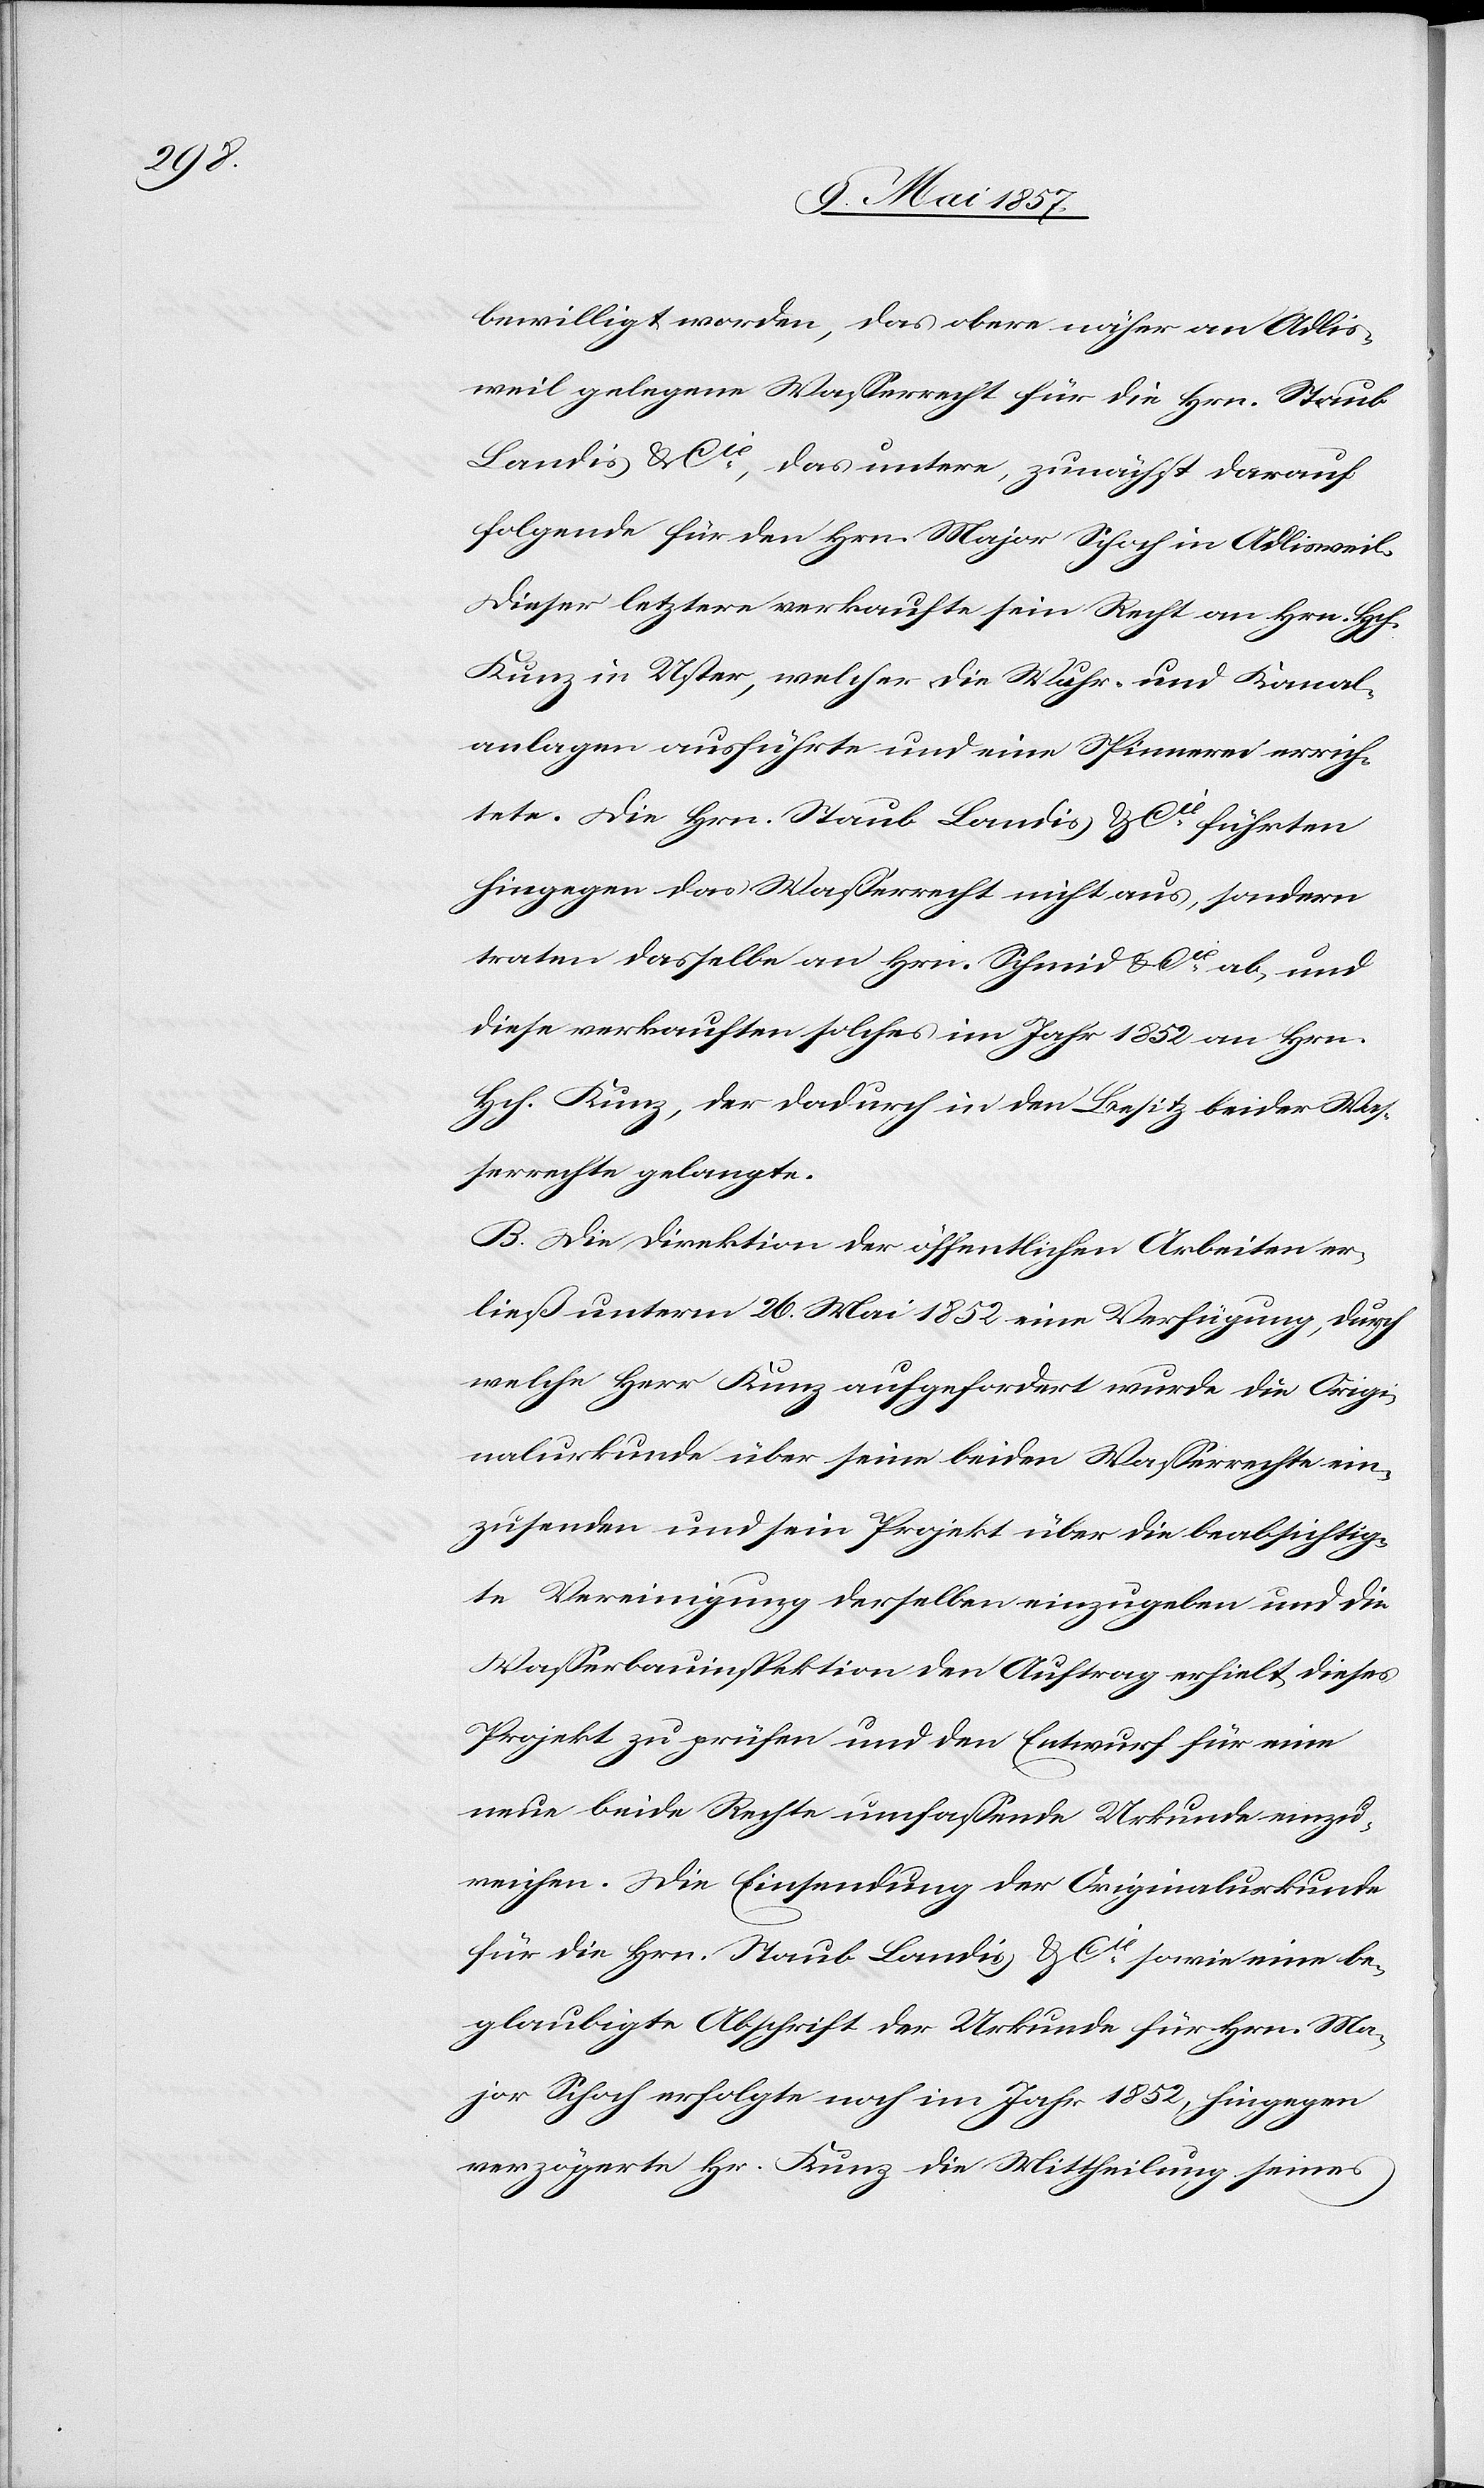
bewilligt worden, das obere näher an Adlis¬
weil gelegene Wasserrecht für die Hrn. Staub
Landis & Cie, das untere, zunächst darauf
folgende für den Hrn. Major Schoch in Adlisweil.
Dieser letztere verkaufte sein Recht an Hrn. Hch.
Kunz in Uster, welcher die Wuhr- und Kanal¬
anlagen ausführte und eine Spinnerei errich¬
tete. Die Hrn. Staub Landis & Cie führten
hingegen das Wasserrecht nicht aus, sondern
traten dasselbe an Hrn. Schmid & Cie ab, und
diese verkauften solches im Jahr 1852 an Hrn.
Hch. Kunz, der dadurch in den Besitz beider Was¬
serrechte gelangte.
B. Die Direktion der öffentlichen Arbeiten er¬
ließ unterm 26 Mai 1852 eine Verfügung, durch
welche Herr Kunz aufgefordert wurde die Origi¬
nalurkunde über seine beiden Wasserrechte ein¬
zusenden und sein Projekt über die beabsichtig¬
te Vereinigung derselben einzugeben und die
Wasserbauinspektion den Auftrag erhielt dieses
Projekt zu prüfen und den Entwurf für eine
neue beide Rechte umfassende Urkunde einzu¬
reichen. Die Einsendung der Originalurkunde
für die Hrn. Staub Landis & Cie sowie eine be¬
glaubigte Abschrift der Urkunde für Hrn. Ma¬
jor Schoch erfolgte noch im Jahr 1852, hingegen
verzögerte Hr. Kunz die Mittheilung seines